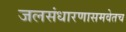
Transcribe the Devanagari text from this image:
जलसंधारणासमवेतच